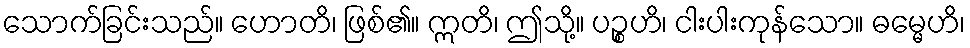
သောက်ခြင်းသည်။ ဟောတိ၊ ဖြစ်၏။ ဣတိ၊ ဤသို့။ ပဉ္စဟိ၊ ငါးပါးကုန်သော။ ဓမ္မေဟိ၊